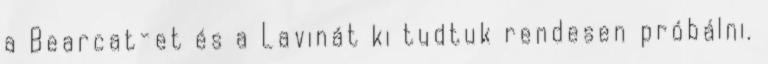
a Bearcat-et és a Lavinát ki tudtuk rendesen próbálni.